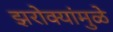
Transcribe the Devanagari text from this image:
झरोक्यांमुळे